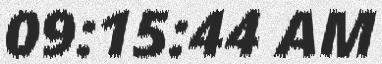
09:15:44 AM